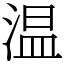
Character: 温